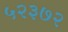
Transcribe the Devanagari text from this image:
५२३७२